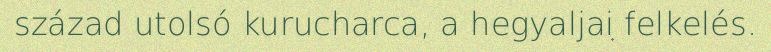
század utolsó kurucharca, a hegyaljai felkelés.